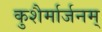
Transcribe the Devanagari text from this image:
कुशैर्मार्जनम्